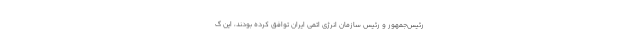
رئیس‌جمهور و رئیس سازمان انرژی اتمی ایران توافق کرده بودند، این گ